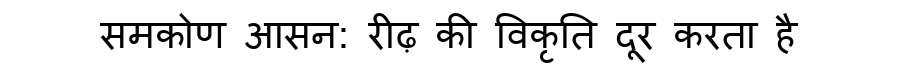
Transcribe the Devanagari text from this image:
समकोण आसन: रीढ़ की विकृति दूर करता है